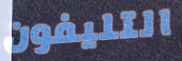
التليفون